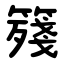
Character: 䉔